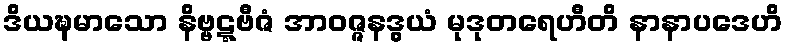
ဒိယဍ္ဎမာသော နိဗ္ဗဋ္ဋဗီဇံ အာဝဇ္ဇနဒွယံ မုဒုတရေဟီတိ နာနာပဒေဟိ